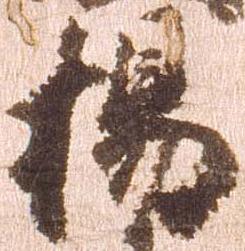
楊